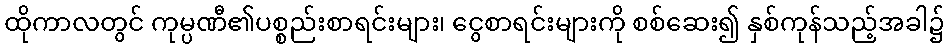
ထိုကာလတွင် ကုမ္ပဏီ၏ပစ္စည်းစာရင်းများ၊ ငွေစာရင်းများကို စစ်ဆေး၍ နှစ်ကုန်သည့်အခါ၌